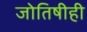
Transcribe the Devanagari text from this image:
जोतिषीही